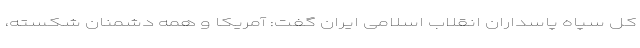
کل سپاه پاسداران انقلاب اسلامی ایران گفت: آمریکا و همه دشمنان شکسته،